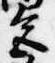
色